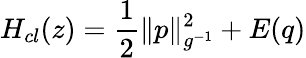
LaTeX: H_{cl}({z})=\frac{1}{2}\| p\| _{g^{-1}}^{2}+E(q)